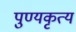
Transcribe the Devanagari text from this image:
पुण्यकृत्य